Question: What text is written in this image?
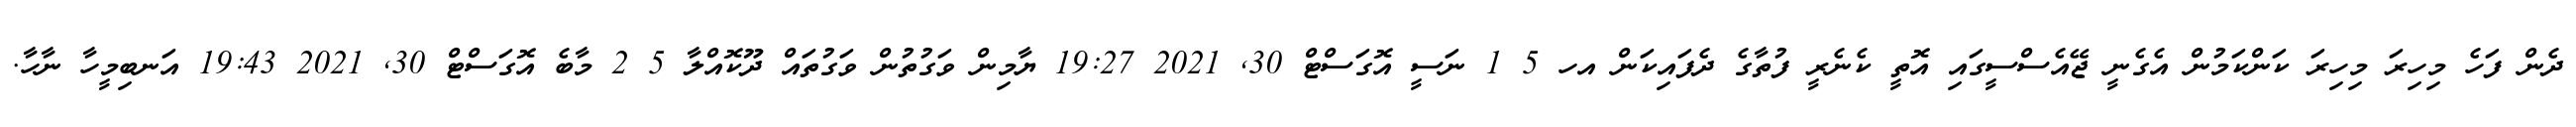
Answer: ދެން ފަހެ މިހިރަ މިހިރަ ކަންކަމުން އެގެނީ ޖޭއެސްސީގައި އޮތީ ކެނެރީ ފުތާގެ ދެފައިކަން އހ 5 1 ނަސީ އޮގަސްޓް 30, 2021 19:27 ޔާމިން ވަގުތުން ވަގުތައް ދޫކޮއްލާ 5 2 މާބެ އޮގަސްޓް 30, 2021 19:43 އަނބިމީހާ ނާހާ.